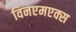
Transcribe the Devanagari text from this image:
विनएमएक्स